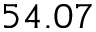
5 4 . 0 7